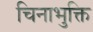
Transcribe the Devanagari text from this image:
चिनाभुक्ति